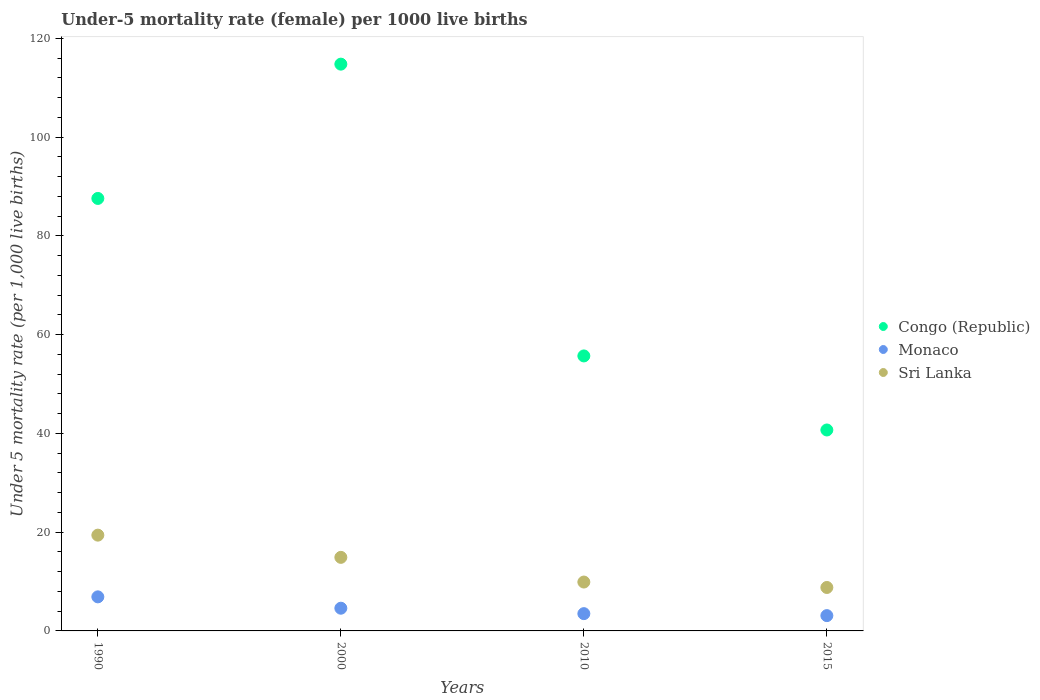
| Years | Congo (Republic) | Monaco | Sri Lanka |
 | --- | --- | --- | --- |
 | 1990 | 87.6 | 6.9 | 19.4 |
 | 2000 | 115 | 4.6 | 14.9 |
 | 2010 | 55.7 | 3.5 | 9.9 |
 | 2015 | 40.7 | 3.1 | 8.8 |